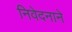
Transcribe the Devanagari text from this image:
निवेदनाने